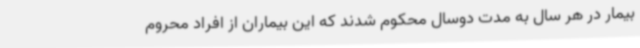
بیمار در هر سال به مدت دوسال محکوم شدند که این بیماران از افراد محروم